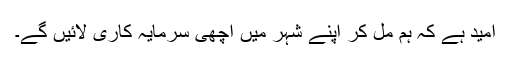
امید ہے کہ ہم مل کر اپنے شہر میں اچھی سرمایہ کاری لائیں گے۔